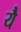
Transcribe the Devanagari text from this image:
येै